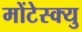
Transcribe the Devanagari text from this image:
मोंटेस्क्यु